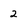
Character: 2